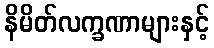
နိမိတ်လက္ခဏာများနှင့်